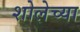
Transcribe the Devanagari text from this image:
शोलेच्या